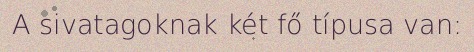
A sivatagoknak két fő típusa van: